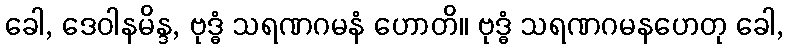
ခေါ, ဒေဝါနမိန္ဒ, ဗုဒ္ဓံ သရဏဂမနံ ဟောတိ။ ဗုဒ္ဓံ သရဏဂမနဟေတု ခေါ,